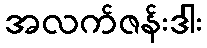
အလက်ဇန်းဒါး